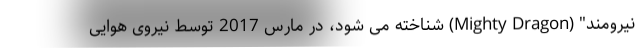
نیرومند" (Mighty Dragon) شناخته می شود، در مارس 2017 توسط نیروی هوایی